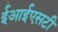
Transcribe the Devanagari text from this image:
ईआईएसटी